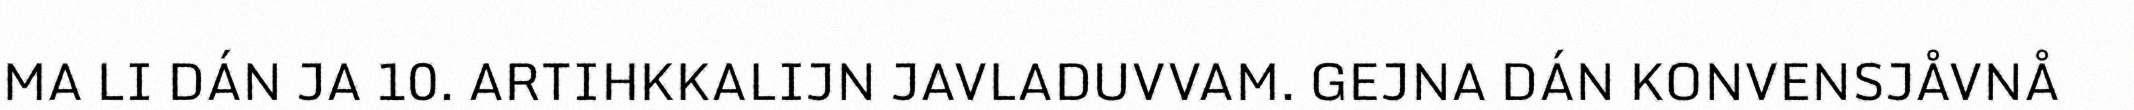
MA LI DÁN JA 10. ARTIHKKALIJN JAVLADUVVAM. GEJNA DÁN KONVENSJÅVNÅ